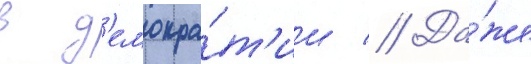
в д'емокра́т'ии // Да́же